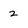
Character: 2